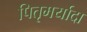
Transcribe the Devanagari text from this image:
पितृमर्यादा